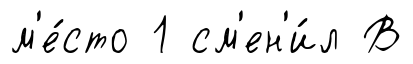
м'е́сто 1 см'ен'и́л В